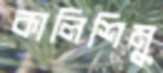
কালিশিমু